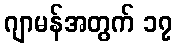
ဂျာမန်အတွက် ၁၇